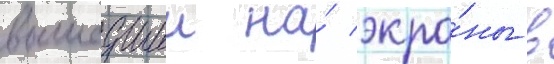
вышедшии на́ экра́ны в